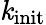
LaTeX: \mathit{k}_{\textrm{{init}}}